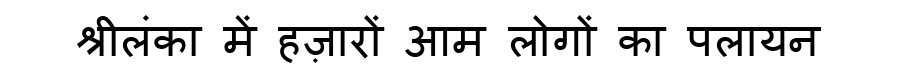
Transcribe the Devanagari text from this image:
श्रीलंका में हज़ारों आम लोगों का पलायन